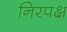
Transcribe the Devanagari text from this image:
निरपक्ष